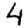
Digit: 4